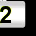
Digit: 2